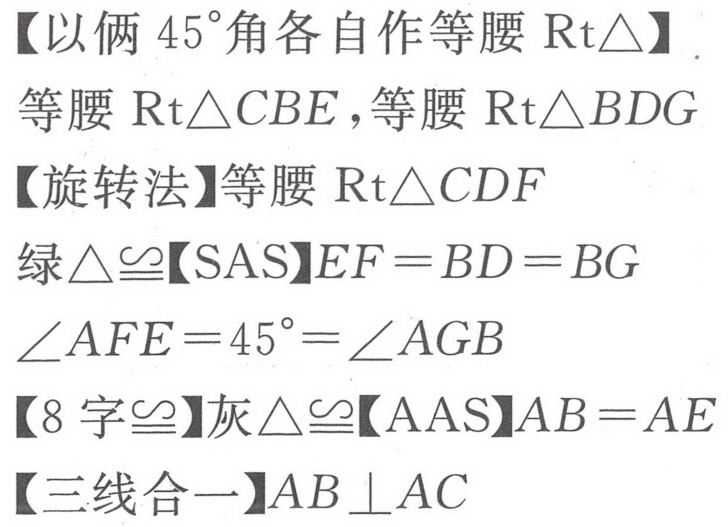
【以俩 \(45^{\circ}\)角各自作等腰 \(\text{Rt}\triangle\)】
等腰 \(\text{Rt}\triangle CBE\)，等腰 \(\text{Rt}\triangle BDG\)
【旋转法】等腰 \(\text{Rt}\triangle CDF\)
绿\(\triangle\cong\)【SAS】\(EF = BD = BG\)
\(\angle AFE = 45^{\circ}=\angle AGB\)
【8字\(\cong\)】灰\(\triangle\cong\)【AAS】\(AB = AE\)
【三线合一】\(AB\perp AC\)